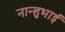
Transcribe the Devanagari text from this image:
नान्हुभाई